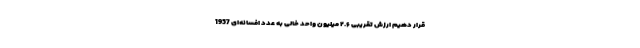
قرار دهیم ارزش تقریبی ۲.۶ میلیون واحد خالی به عدد افسانه‌ای 1957